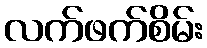
လက်ဖက်စိမ်း